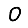
Digit: 0